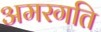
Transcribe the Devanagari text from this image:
अमरगति